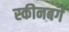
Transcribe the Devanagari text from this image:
स्कीनबर्ग